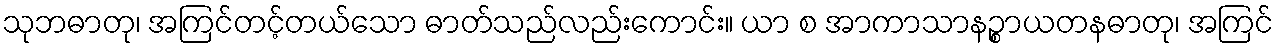
သုဘဓာတု၊ အကြင်တင့်တယ်သော ဓာတ်သည်လည်းကောင်း။ ယာ စ အာကာသာနဉ္စာယတနဓာတု၊ အကြင်